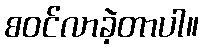
စဝင်လာခဲ့တာပါ။